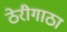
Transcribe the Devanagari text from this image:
ठेरीगाठा